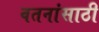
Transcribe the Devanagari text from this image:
वतनांसाठी